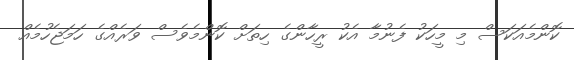
ކޮންމެއަކަސް މި މީހަކު ފެނުމާ އެކު ރީހާންގެ ހިތަށް ކޮންމެވެސް ވަރެއްގެ ހަމަޖެހުމެއް